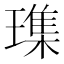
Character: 𪼛